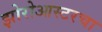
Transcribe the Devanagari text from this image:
झोरोआस्टरचा